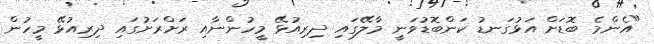
"އެންމެ ބޮޑަށް އަޅުގަނޑު ކަންބޮޑުވަނީ މާލޭގައި ދިރިއުޅޭ މީހުންނާއި ރަށްރަށުގައި ދިރިއުޅޭ މީހުން